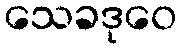
သေခဒုဝေ